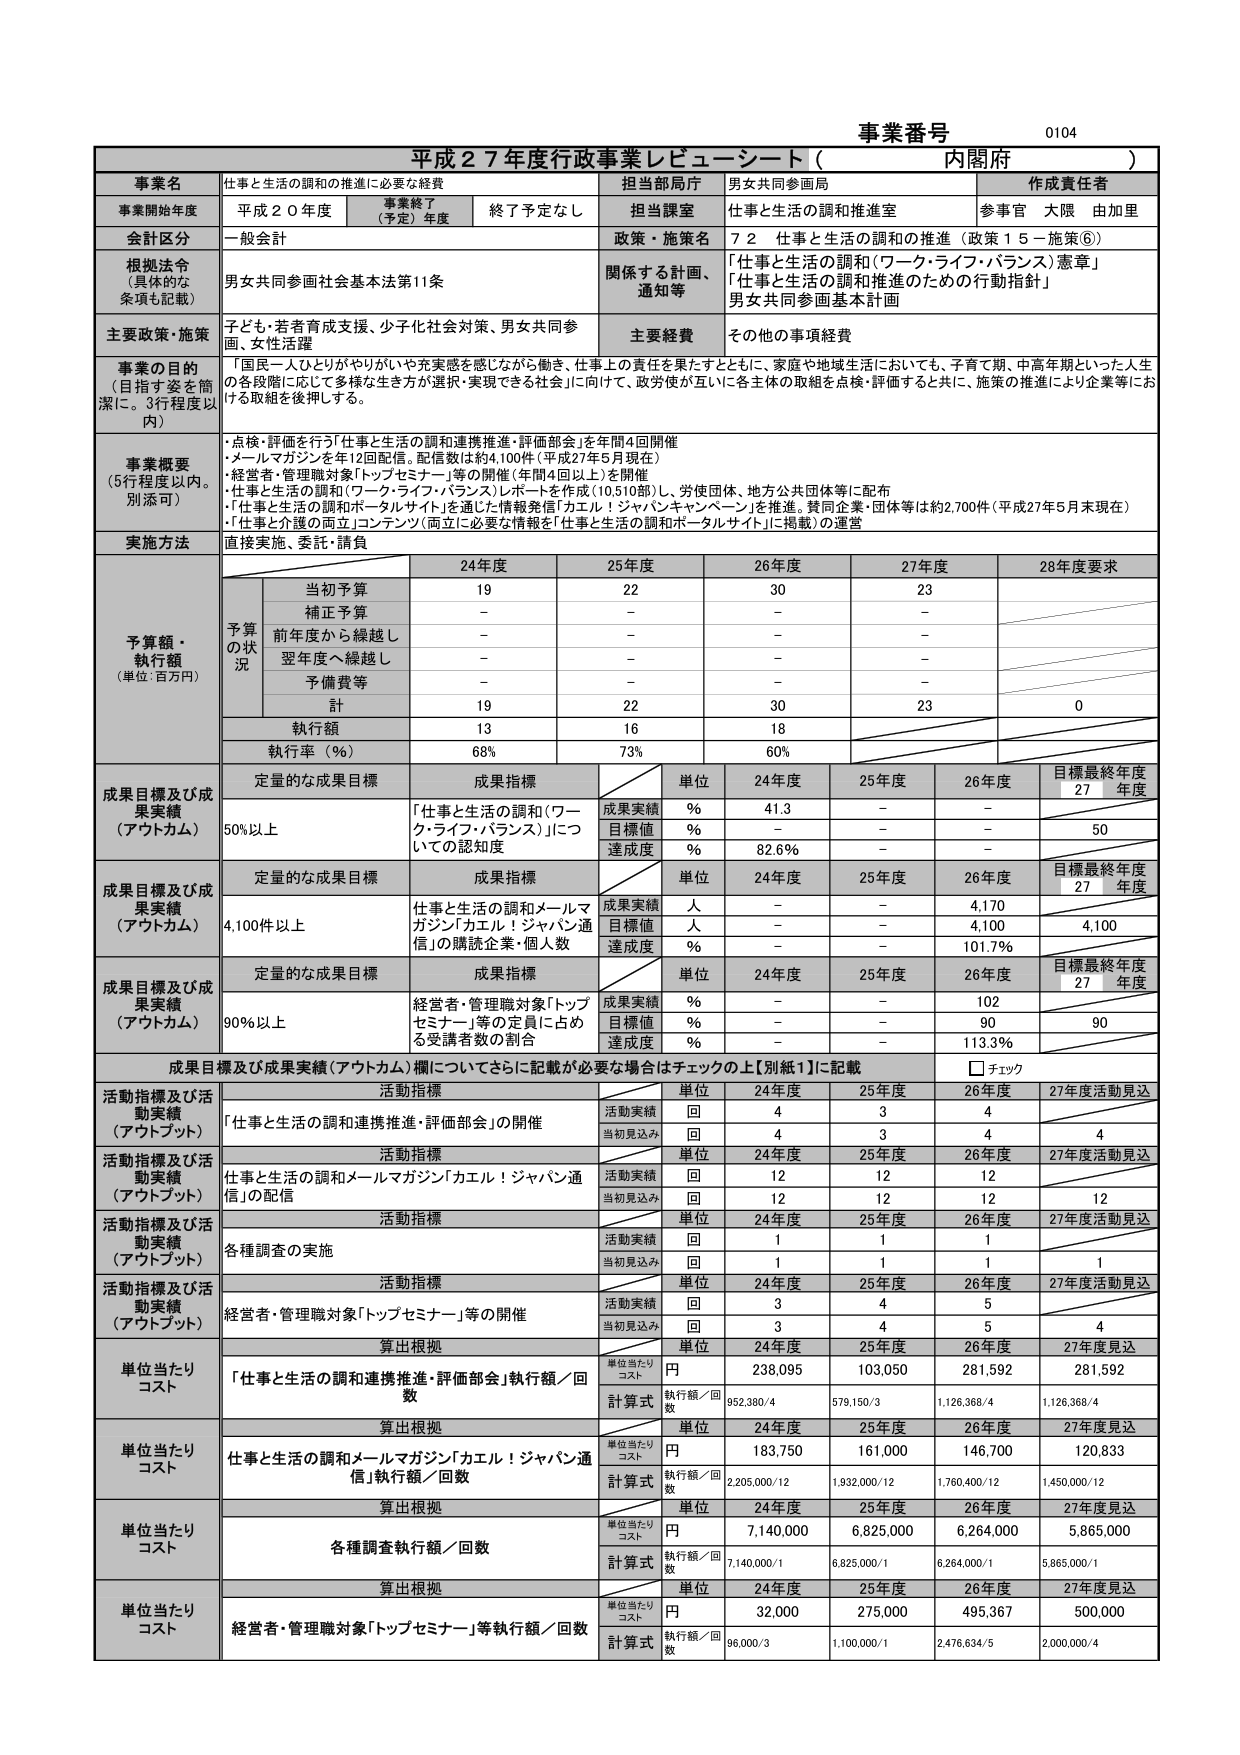
事業番号 0104
平成27年度行政事業レピューシート（内閣府）

事業名 仕事と生活の調和の推進に必要な経費
担当部局庁 男女共同参画局
作成責任者

事業開始年度 平成20年度 事業終了（予定）年度 終了予定なし
担当課室 仕事と生活の調和推進室
参事官 大隈 由加里

会計区分 一般会計
政策・施策名 72 仕事と生活の調和の推進（政策15－施策⑥）

根拠法令（具体的な条項も記載） 男女共同参画社会基本法第11条
関係する計画、通知等 「仕事と生活の調和（ワーク・ライフ・バランス）憲章」
「仕事と生活の調和と推進のための行動指針」
男女共同参画基本計画

主要政策・施策 子ども・若者育成支援、少子化社会対策、男女共同参画、女性活躍
主要経費 その他の事項経費

事業の目的（目指す姿を簡潔に。3行程度以内） 「国民一人ひとりがやりがいや充実感を感じながら働き、仕事上の責任を果たすとともに、家庭や地球生活においても、子育て期、中高年期といった人生の各段階に応じて多様な生き方が選択・実現できる社会」に向けて、政党等が互いに各主体の取組を点検・評価すると共に、施策の推進により企業等における取組を後押しする。

事業概要（5行程度以内。別添可）
・点検・評価を行う「仕事と生活の調和連携推進・評価部会」を年間4回開催
・メルマガジンを年12回配信。配信数は約4,100件（平成27年5月現在）
・経営者・管理職対象「トップセミナー」等の開催（年間4回以上）を開催
・「仕事と生活の調和（ワーク・ライフ・バランス）レポート」を作成（10,510部）し、労使団体、地方公共団体等に配布
・「仕事と生活の調和とポータルサイト」を通じた情報発信「カエル！ジャパンキャンペーン」を推進。賛同企業・団体等は約2,700件（平成27年5月末現在）
・「仕事と介護の両立」コンテンツ（両立に必要な情報を「仕事と生活の調和とポータルサイト」に掲載）の運営

実施方法 直接実施、委託・請負

予算額・執行額（単位：百万円）
予算の状況
当初予算 24年度 19 25年度 22 26年度 30 27年度 23 28年度要求
補正予算 - - - -
前年度から繰越し - - - -
翌年度へ繰越し - - - -
予備費等 - - - -
計 19 22 30 23 0
執行額 13 16 18
執行率（％） 68% 73% 60%

成果目標及び成果実績（アウトカム）
定量的な成果目標 成果指標 単位 24年度 25年度 26年度 目標最終年度27年度
50%以上 「仕事と生活の調和（ワーク・ライフ・バランス）」についての認知度 成果実績 % 41.1 - -
目標値 % - - 50
達成度 % 82.6% - -

成果目標及び成果実績（アウトカム）
定量的な成果目標 成果指標 単位 24年度 25年度 26年度 目標最終年度27年度
4,100件以上 仕事と生活の調和とメールマガジン「カエル！ジャパン通信」の購読企業・個人数 成果実績 人 - - 4,170
目標値 人 - - 4,100
達成度 % - - 101.7%

成果目標及び成果実績（アウトカム）
定量的な成果目標 成果指標 単位 24年度 25年度 26年度 目標最終年度27年度
90%以上 経営者・管理職対象「トップセミナー」等の定員に占める受講者数の割合 成果実績 % - - 102
目標値 % - - 90
達成度 % - - 113.3%

成果目標及び成果実績（アウトカム）欄についてさらに記載が必要な場合はチェックの上【別紙1】に記載 □ チェック

活動指標及び活動実績（アウトプット）
活動指標 単位 24年度 25年度 26年度 27年度活動見込
「仕事と生活の調和連携推進・評価部会」の開催 活動実績 回 4 3 4
当初見込み 回 4 3 4 4

活動指標及び活動実績（アウトプット）
活動指標 単位 24年度 25年度 26年度 27年度活動見込
仕事と生活の調和とメールマガジン「カエル！ジャパン通信」の配信 活動実績 回 12 12 12
当初見込み 回 12 12 12 12

活動指標及び活動実績（アウトプット）
活動指標 単位 24年度 25年度 26年度 27年度活動見込
各種調査の実施 活動実績 回 1 1 1
当初見込み 回 1 1 1 1

活動指標及び活動実績（アウトプット）
活動指標 単位 24年度 25年度 26年度 27年度活動見込
経営者・管理職対象「トップセミナー」等の開催 活動実績 回 3 4 5
当初見込み 回 3 4 5 4

単位当たりコスト
算出根拠 単位 24年度 25年度 26年度 27年度見込
「仕事と生活の調和連携推進・評価部会」執行額／回数 単位当たりコスト 円 238,095 103,050 281,592 281,592
計算式 執行額／回数 952,380/4 579,150/3 1,126,368/4 1,126,368/4

単位当たりコスト
算出根拠 単位 24年度 25年度 26年度 27年度見込
仕事と生活の調和とメールマガジン「カエル！ジャパン通信」執行額／回数 単位当たりコスト 円 183,750 161,000 146,700 120,833
計算式 執行額／回数 2,205,000/12 1,932,000/12 1,760,400/12 1,450,000/12

単位当たりコスト
算出根拠 単位 24年度 25年度 26年度 27年度見込
各種調査執行額／回数 単位当たりコスト 円 7,140,000 6,825,000 6,264,000 5,865,000
計算式 執行額／回数 7,140,000/1 6,825,000/1 6,264,000/1 5,865,000/1

単位当たりコスト
算出根拠 単位 24年度 25年度 26年度 27年度見込
経営者・管理職対象「トップセミナー」等執行額／回数 単位当たりコスト 円 32,000 275,000 495,367 500,000
計算式 執行額／回数 96,000/3 1,100,000/1 2,476,834/5 2,000,000/4